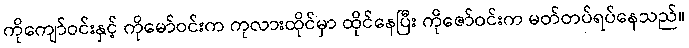
ကိုကျော်ဝင်းနှင့် ကိုမော်ဝင်းက ကုလားထိုင်မှာ ထိုင်နေပြီး ကိုဇော်ဝင်းက မတ်တပ်ရပ်နေသည်။